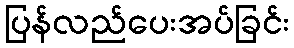
ပြန်လည်ပေးအပ်ခြင်း